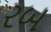
રબ